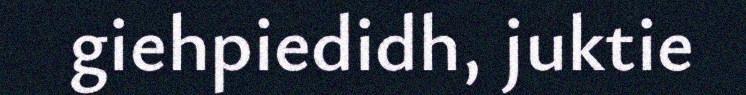
giehpiedidh, juktie